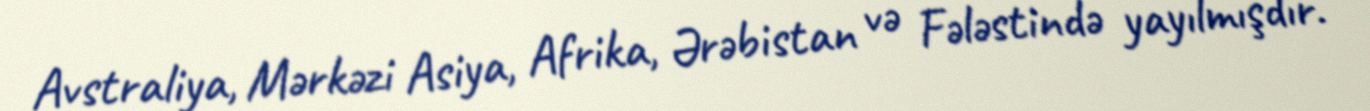
Avstraliya, Mərkəzi Asiya, Afrika, Ərəbistan və Fələstində yayılmışdır.